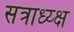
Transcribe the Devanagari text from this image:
सत्राध्य्क्ष